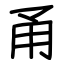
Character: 甬